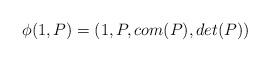
LaTeX: \begin{align*} \phi(1,P)=(1,P,com(P),det(P))\end{align*}